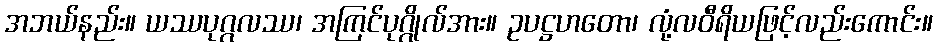
အဘယ်နည်း။ ယဿပုဂ္ဂလဿ၊ အကြင်ပုဂ္ဂိုလ်အား။ ဥပဋ္ဌဟတော၊ လုံ့လဝီရိယဖြင့်လည်းကောင်း။